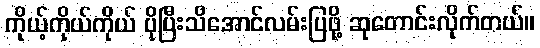
ကိုယ့်ကိုယ်ကိုယ် ပိုပြီးသိအောင်လမ်းပြဖို့ ဆုတောင်းလိုက်တယ်။